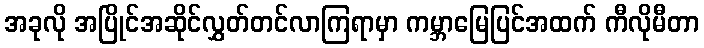
အခုလို အပြိုင်အဆိုင်လွှတ်တင်လာကြရာမှာ ကမ္ဘာမြေပြင်အထက် ကီလိုမီတာ